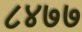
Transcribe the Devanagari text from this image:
८४७७